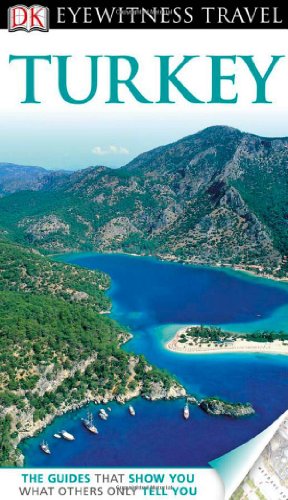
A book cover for DK Eyewitness Travel Guide: Turkey; Suzanne Swan; Travel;